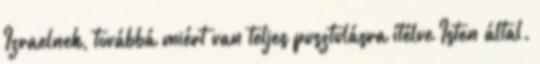
Izraelnek, továbbá miért van teljes pusztulásra ítélve Isten által.